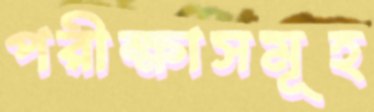
পরীক্ষাসমূহ